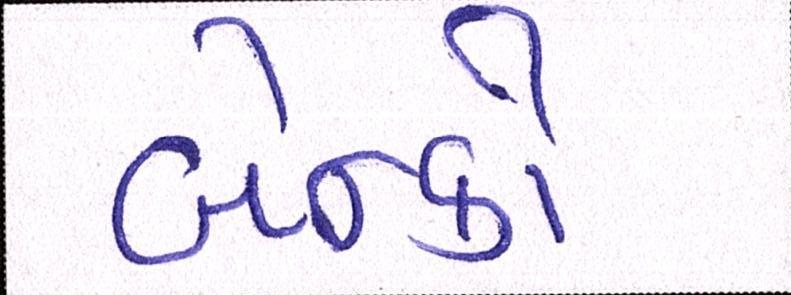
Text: બેન્કો